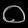
Digit: ၀